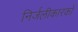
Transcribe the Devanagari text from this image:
निर्जलीकारकों